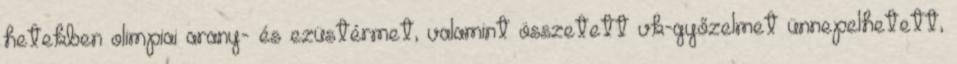
hetekben olimpiai arany- és ezüstérmet, valamint összetett vk-győzelmet ünnepelhetett,